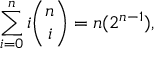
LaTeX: \sum _ { i = 0 } ^ { n } i { \binom { n } { i } } = n ( 2 ^ { n - 1 } ) ,